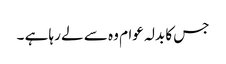
جس کا بدلہ عوام وہ سے لے رہا ہے ۔